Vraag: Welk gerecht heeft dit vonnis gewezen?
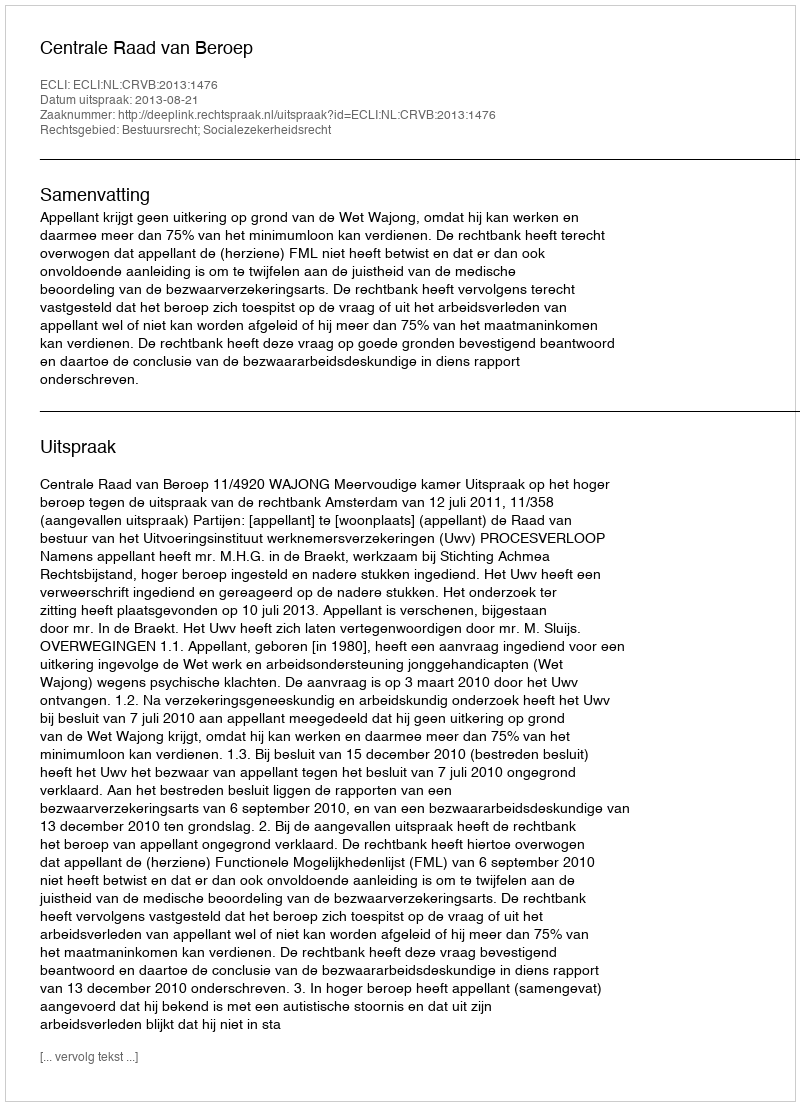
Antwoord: Centrale Raad van Beroep